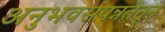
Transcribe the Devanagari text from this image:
अनुभवसंपन्नतेतून